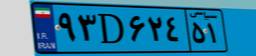
۲۰D۶۹۴۶۲